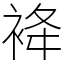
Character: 袶